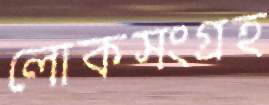
লোকসংগ্রহ